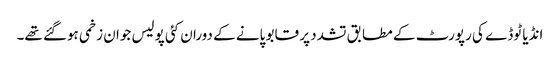
انڈیا ٹوڈے کی رپورٹ کے مطابق تشدد پر قابو پانے کے دوران کئی پولیس جوان زخمی ہوگئے تھے۔